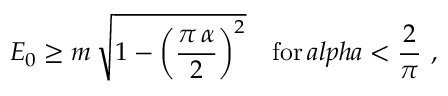
E _ { 0 } \ge m \, \sqrt { 1 - \left( \frac { \pi \, \alpha } { 2 } \right) ^ { 2 } } \quad \mathrm { f o r } \, a l p h a < \frac { 2 } { \pi } \ ,